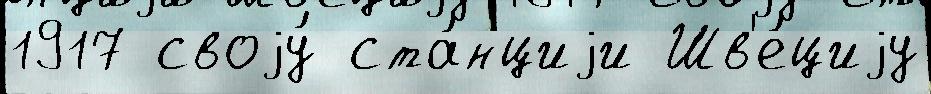
1917 своjу́ ста́нциjи Шв'е́циjу